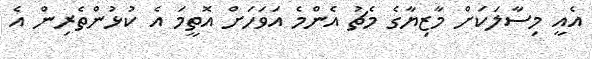
އެއީ މިސާލަކަށް މާޒިޔާގެ މެޗު އެންމެ އަވަހަށް އޮތީމަ އެ ކުޅުންތެރިން އެ